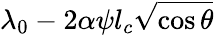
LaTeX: \lambda_{0}-2\alpha\psi l_{c}\sqrt{\cos\theta}